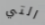
التي